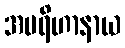
အပရိဟာနာယ